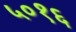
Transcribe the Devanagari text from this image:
५०१६